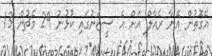
އެގޮތުން އޭނާ ރެއާލް އަށް އެ ސީޒަނުގައި ކުޅުނު 29 މެޗުން 13